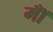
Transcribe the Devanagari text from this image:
मॉँ